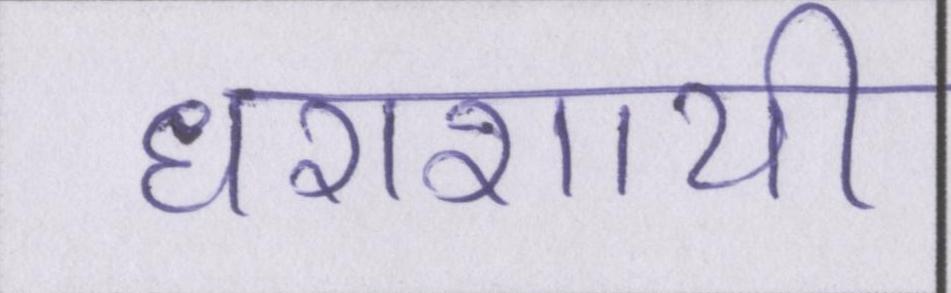
धराशायी